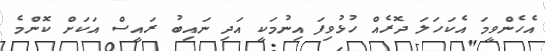
އެހެންވީމަ އެކަހަލަ ދޮރެއް ހުޅުވިފަ އިނުމަކީ އަދި ނައިބު ރައީސް އަކަށް ކޮންމެ